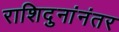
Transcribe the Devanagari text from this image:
राशिदुनांनंतर